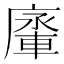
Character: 𨌱